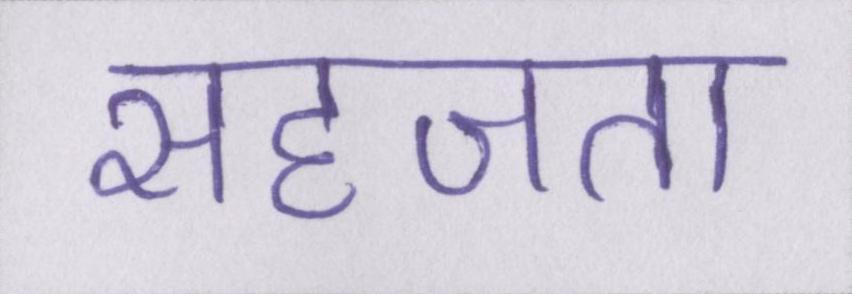
सहजता